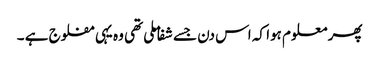
پھر معلوم ہوا کہ اس دن جسے شفا ملی تھی وہ یہی مفلوج ہے ۔